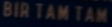
BIR TAM TAM